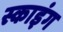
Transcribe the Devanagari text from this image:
स्काइंग